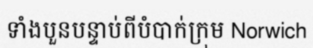
ទាំងបួនបន្ទាប់ពីបំបាក់ក្រុម Norwich